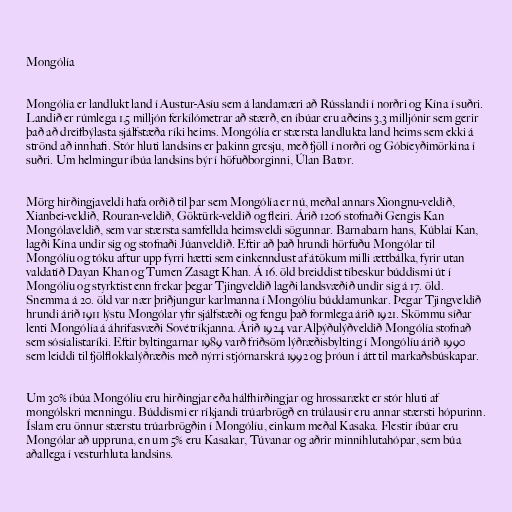
Mongólía

Mongólía er landlukt land í Austur-Asíu sem á landamæri að Rússlandi í norðri og Kína í suðri.
Landið er rúmlega 1,5 milljón ferkílómetrar að stærð, en íbúar eru aðeins 3,3 milljónir sem gerir
það að dreifbýlasta sjálfstæða ríki heims. Mongólía er stærsta landlukta land heims sem ekki á
strönd að innhafi. Stór hluti landsins er þakinn gresju, með fjöll í norðri og Góbíeyðimörkina í
suðri. Um helmingur íbúa landsins býr í höfuðborginni, Úlan Bator.

Mörg hirðingjaveldi hafa orðið til þar sem Mongólía er nú, meðal annars Xiongnu-veldið,
Xianbei-veldið, Rouran-veldið, Göktürk-veldið og fleiri. Árið 1206 stofnaði Gengis Kan
Mongólaveldið, sem var stærsta samfellda heimsveldi sögunnar. Barnabarn hans, Kúblaí Kan,
lagði Kína undir sig og stofnaði Júanveldið. Eftir að það hrundi hörfuðu Mongólar til
Mongólíu og tóku aftur upp fyrri hætti sem einkenndust af átökum milli ættbálka, fyrir utan
valdatíð Dayan Khan og Tumen Zasagt Khan. Á 16. öld breiddist tíbeskur búddismi út í
Mongólíu og styrktist enn frekar þegar Tjingveldið lagði landsvæðið undir sig á 17. öld.
Snemma á 20. öld var nær þriðjungur karlmanna í Mongólíu búddamunkar. Þegar Tjingveldið
hrundi árið 1911 lýstu Mongólar yfir sjálfstæði og fengu það formlega árið 1921. Skömmu síðar
lenti Mongólía á áhrifasvæði Sovétríkjanna. Árið 1924 var Alþýðulýðveldið Mongólía stofnað
sem sósíalistaríki. Eftir byltingarnar 1989 varð friðsöm lýðræðisbylting í Mongólíu árið 1990
sem leiddi til fjölflokkalýðræðis með nýrri stjórnarskrá 1992 og þróun í átt til markaðsbúskapar.

Um 30% íbúa Mongólíu eru hirðingjar eða hálfhirðingjar og hrossarækt er stór hluti af
mongólskri menningu. Búddismi er ríkjandi trúarbrögð en trúlausir eru annar stærsti hópurinn.
Íslam eru önnur stærstu trúarbrögðin í Mongólíu, einkum meðal Kasaka. Flestir íbúar eru
Mongólar að uppruna, en um 5% eru Kasakar, Túvanar og aðrir minnihlutahópar, sem búa
aðallega í vesturhluta landsins.